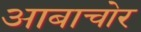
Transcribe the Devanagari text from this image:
आबाचोर